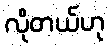
လိုတယ်ဟု